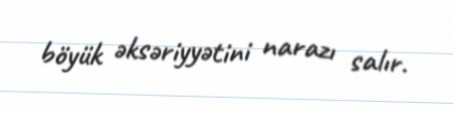
böyük əksəriyyətini narazı salır.